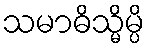
သမာဓိသ္မိမ္ပိ